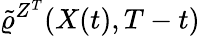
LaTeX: \tilde{\varrho}^{Z^{T}}(X(t),T-t)